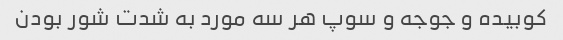
کوبیده و جوجه و سوپ هر سه مورد به شدت شور بودن